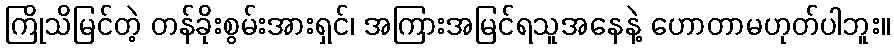
ကြိုသိမြင်တဲ့ တန်ခိုးစွမ်းအားရှင်၊ အကြားအမြင်ရသူအနေနဲ့ ဟောတာမဟုတ်ပါဘူး။